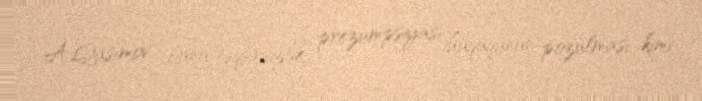
A.Qasımov bunu təqsirsizlik prezumpsiyası hüququnun pozulması kimi